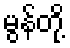
မွန်တို့